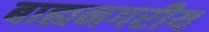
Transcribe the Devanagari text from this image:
बाह्यनगरीय